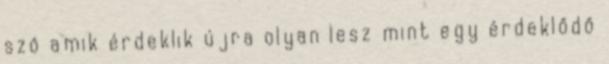
szó amik érdeklik újra olyan lesz mint egy érdeklődő